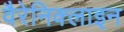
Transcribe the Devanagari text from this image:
वैरेनिक्लाइन